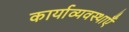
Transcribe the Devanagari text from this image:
कार्याव्यवस्थाएँ